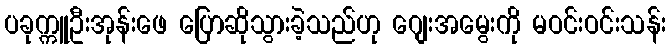
ပခုက္ကူဦးအုန်းဖေ ပြောဆိုသွားခဲ့သည်ဟု ဂျေးအမွေးကို မဝင်းဝင်းသန်း